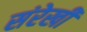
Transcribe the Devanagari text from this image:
संरेखी